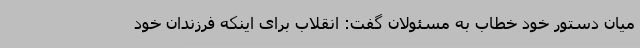
میان دستور خود خطاب به مسئولان گفت: انقلاب برای اینکه فرزندان خود